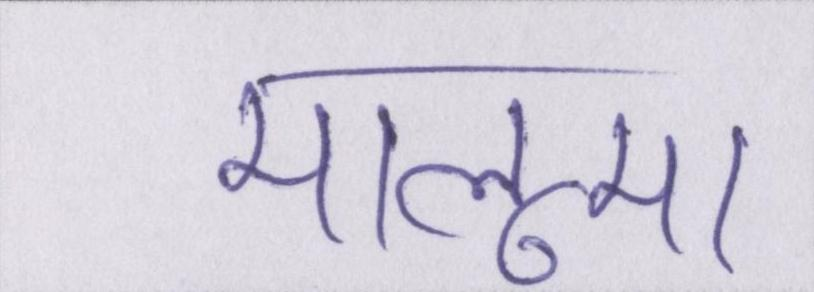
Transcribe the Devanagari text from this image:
मालूम।